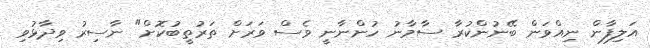
އަލިފާން ނިއްވަން ބޭނުންކުރާ ސާމާނު ހުންނާނީ ވެސް ވަރަށް ތަރުތީބުކޮށް" ނާސިރު ވިދާޅުވި